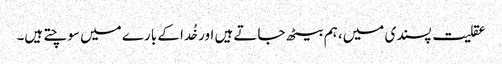
عقلیت پسندی میں، ہم بیٹھ جاتے ہیں اور خُدا کے بارے میں سوچتے ہیں۔